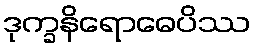
ဒုက္ခနိရောဓေပိဿ